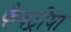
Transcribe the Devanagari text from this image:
फैक्ट्रीया